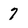
Character: 7